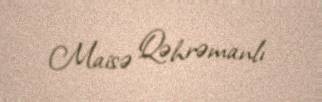
Maisə Qəhrəmanlı